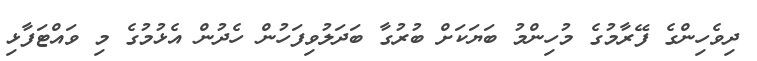
ދިވެހިންގެ ފޭރާމުގެ މުހިންމު ބަޔަކަށް ބުރުގާ ބަދަލުވިފަހުން ހެދުން އެޅުމުގެ މި ވައްޓަފާޅި